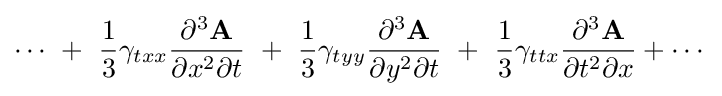
\cdots ~+~{\frac {1}{3}}\gamma _{txx}{\frac {\partial ^{3}{\textbf {A}}}{\partial x^{2}\partial t}}~+~{\frac {1}{3}}\gamma _{tyy}{\frac {\partial ^{3}{\textbf {A}}}{\partial y^{2}\partial t}}~+~{\frac {1}{3}}\gamma _{ttx}{\frac {\partial ^{3}{\textbf {A}}}{\partial t^{2}\partial x}}+\cdots